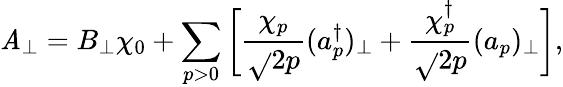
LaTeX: \mathit{A}_{\perp}=B_{\perp}\chi_{0}+\sum_{p>0}\bigg[\frac{{\chi_{p}}}{{\sqrt{}{{2p}}}}(a_{p}^{\dagger})_{\perp}+\frac{{\chi_{p}^{\dagger}}}{{\sqrt{}{{2p}}}}(a_{p})_{\perp}\bigg],